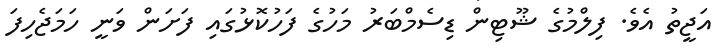
އަޖީތު އެވެ. ފިލްމުގެ ޝޫޓިން ޑިސެމްބަރު މަހުގެ ފަހުކޮޅުގައި ފަށަން ވަނީ ހަމަޖެހިފަ